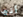
أنها